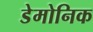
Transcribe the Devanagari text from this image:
डेमोनिक